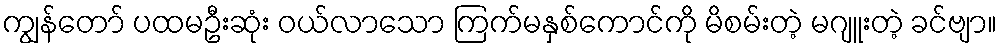
ကျွန်တော် ပထမဦးဆုံး ဝယ်လာသော ကြက်မနှစ်ကောင်ကို မိစမ်းတဲ့ မဂျူးတဲ့ ခင်ဗျာ။